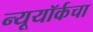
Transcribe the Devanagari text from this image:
न्यूयॉर्कचा